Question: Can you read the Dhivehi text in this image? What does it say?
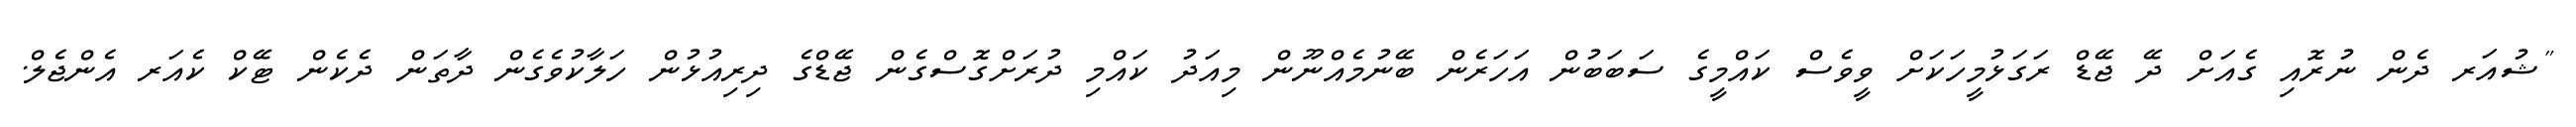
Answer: "ޝުއަރ ދެން ނުރޮއި ގެއަށް ދޭ ޖޭޑް ރަގަޅުމީހަކަށް ވީވެސް ކައްމީގެ ސަބަބުން އަހަރެން ބޭނުމެއްނޫން މިއަދު ކައްމި ދުރަށްގޮސްގެން ޖޭޑްގެ ދިރިއުޅުން ހަލާކުވެގެން ދާތަން ދެކެން ޓޭކް ކެއަރ އެންޖެލް.